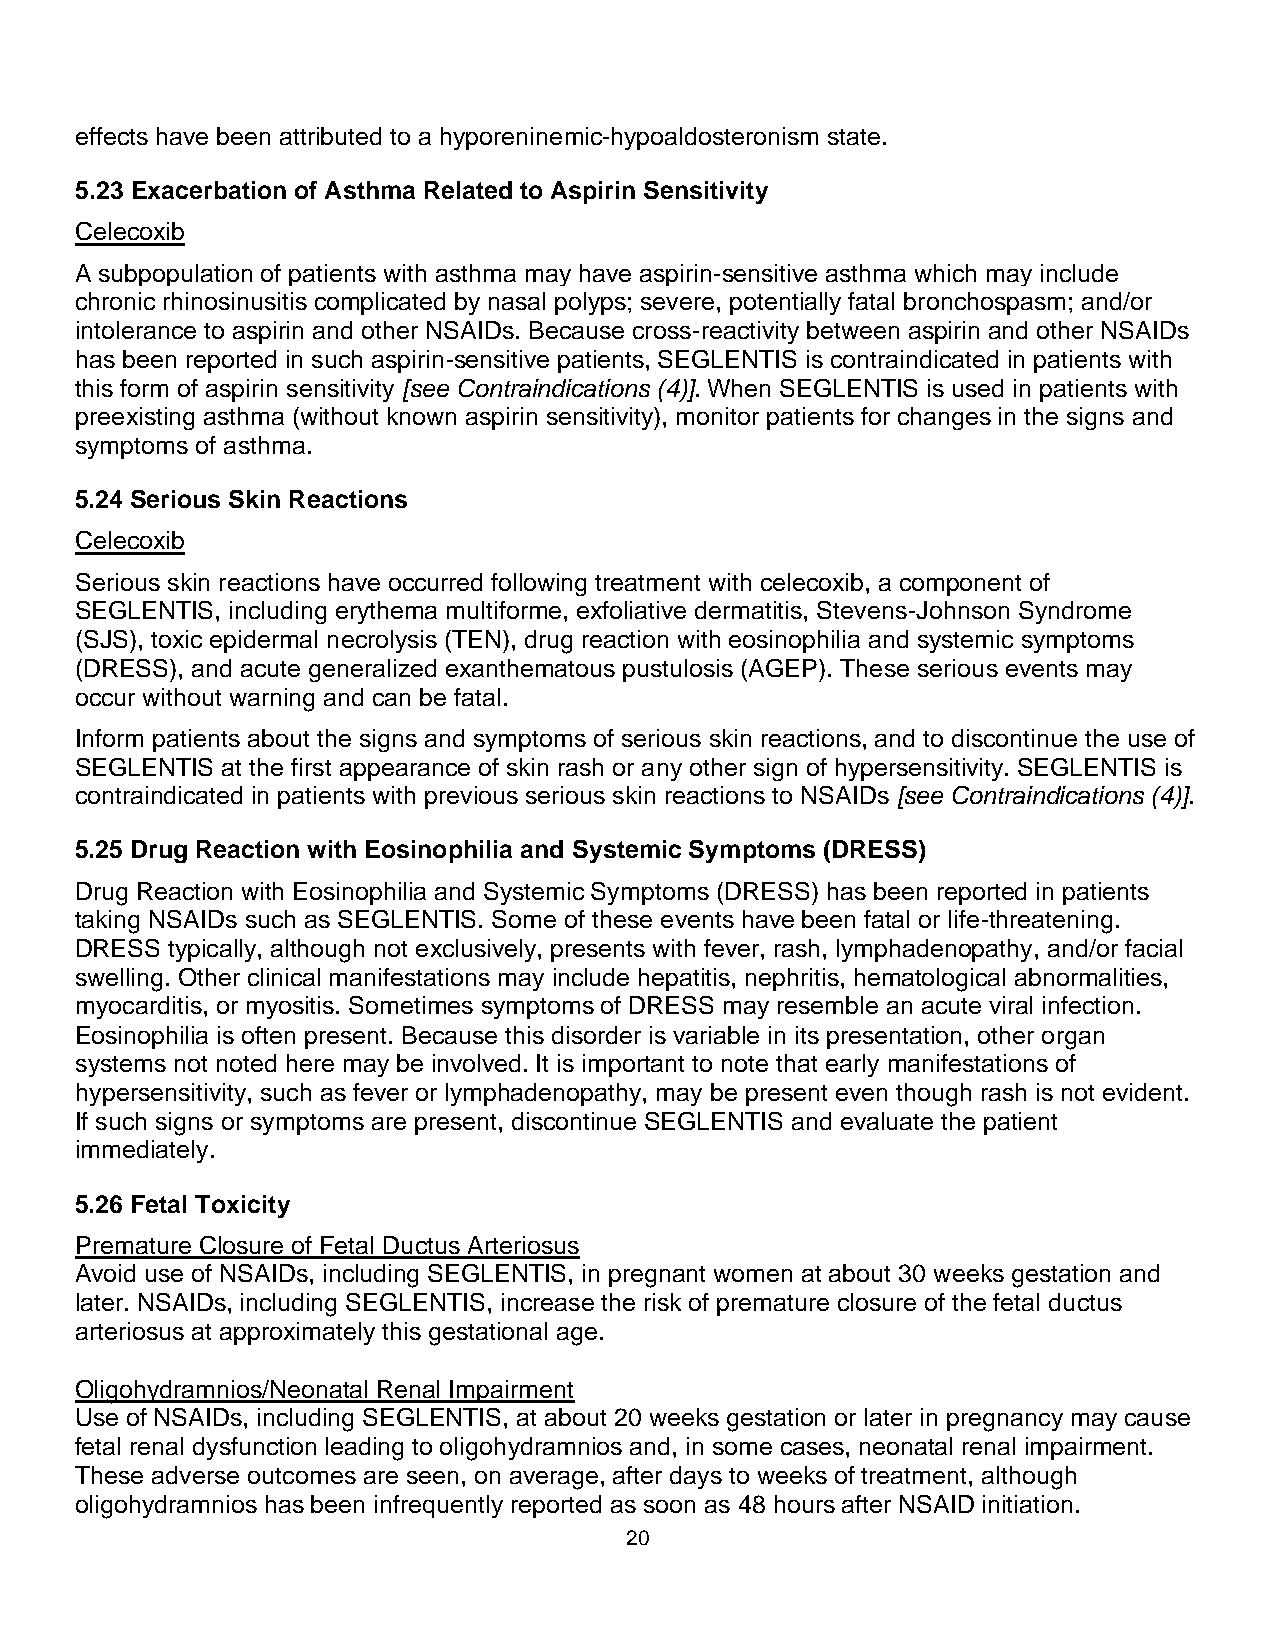
effects have been attributed to a hyporeninemic-hypoaldosteronism state.
 5.23 Exacerbation of Asthma Related to Aspirin Sensitivity
 Celecoxib
 A subpopulation of patients with asthma may have aspirin-sensitive asthma which may include
 chronic rhinosinusitis complicated by nasal polyps; severe, potentially fatal bronchospasm; and/or
 intolerance to aspirin and other NSAIDs. Because cross-reactivity between aspirin and other NSAIDs
 has been reported in such aspirin-sensitive patients, SEGLENTIS is contraindicated in patients with
 this form of aspirin sensitivity [see Contraindications (4)]. When SEGLENTIS is used in patients with
 preexisting asthma (without known aspirin sensitivity), monitor patients for changes in the signs and
 symptoms of asthma.
 5.24 Serious Skin Reactions
 Celecoxib
 Serious skin reactions have occurred following treatment with celecoxib, a component of
 SEGLENTIS, including erythema multiforme, exfoliative dermatitis, Stevens-Johnson Syndrome
 (SJS), toxic epidermal necrolysis (TEN), drug reaction with eosinophilia and systemic symptoms
 (DRESS), and acute generalized exanthematous pustulosis (AGEP). These serious events may
 occur without warning and can be fatal.
 Inform patients about the signs and symptoms of serious skin reactions, and to discontinue the use of
 SEGLENTIS at the first appearance of skin rash or any other sign of hypersensitivity. SEGLENTIS is
 contraindicated in patients with previous serious skin reactions to NSAIDs [see Contraindications (4)].
 5.25 Drug Reaction with Eosinophilia and Systemic Symptoms (DRESS)
 Drug Reaction with Eosinophilia and Systemic Symptoms (DRESS) has been reported in patients
 taking NSAIDs such as SEGLENTIS. Some of these events have been fatal or life-threatening.
 DRESS typically, although not exclusively, presents with fever, rash, lymphadenopathy, and/or facial
 swelling. Other clinical manifestations may include hepatitis, nephritis, hematological abnormalities,
 myocarditis, or myositis. Sometimes symptoms of DRESS may resemble an acute viral infection.
 Eosinophilia is often present. Because this disorder is variable in its presentation, other organ
 systems not noted here may be involved. It is important to note that early manifestations of
 hypersensitivity, such as fever or lymphadenopathy, may be present even though rash is not evident.
 If such signs or symptoms are present, discontinue SEGLENTIS and evaluate the patient
 immediately.
 5.26 Fetal Toxicity
 Premature Closure of Fetal Ductus Arteriosus
 Avoid use of NSAIDs, including SEGLENTIS, in pregnant women at about 30 weeks gestation and
 later. NSAIDs, including SEGLENTIS, increase the risk of premature closure of the fetal ductus
 arteriosus at approximately this gestational age.
 Oligohydramnios/Neonatal Renal Impairment
 Use of NSAIDs, including SEGLENTIS, at about 20 weeks gestation or later in pregnancy may cause
 fetal renal dysfunction leading to oligohydramnios and, in some cases, neonatal renal impairment.
 These adverse outcomes are seen, on average, after days to weeks of treatment, although
 oligohydramnios has been infrequently reported as soon as 48 hours after NSAID initiation.
 20